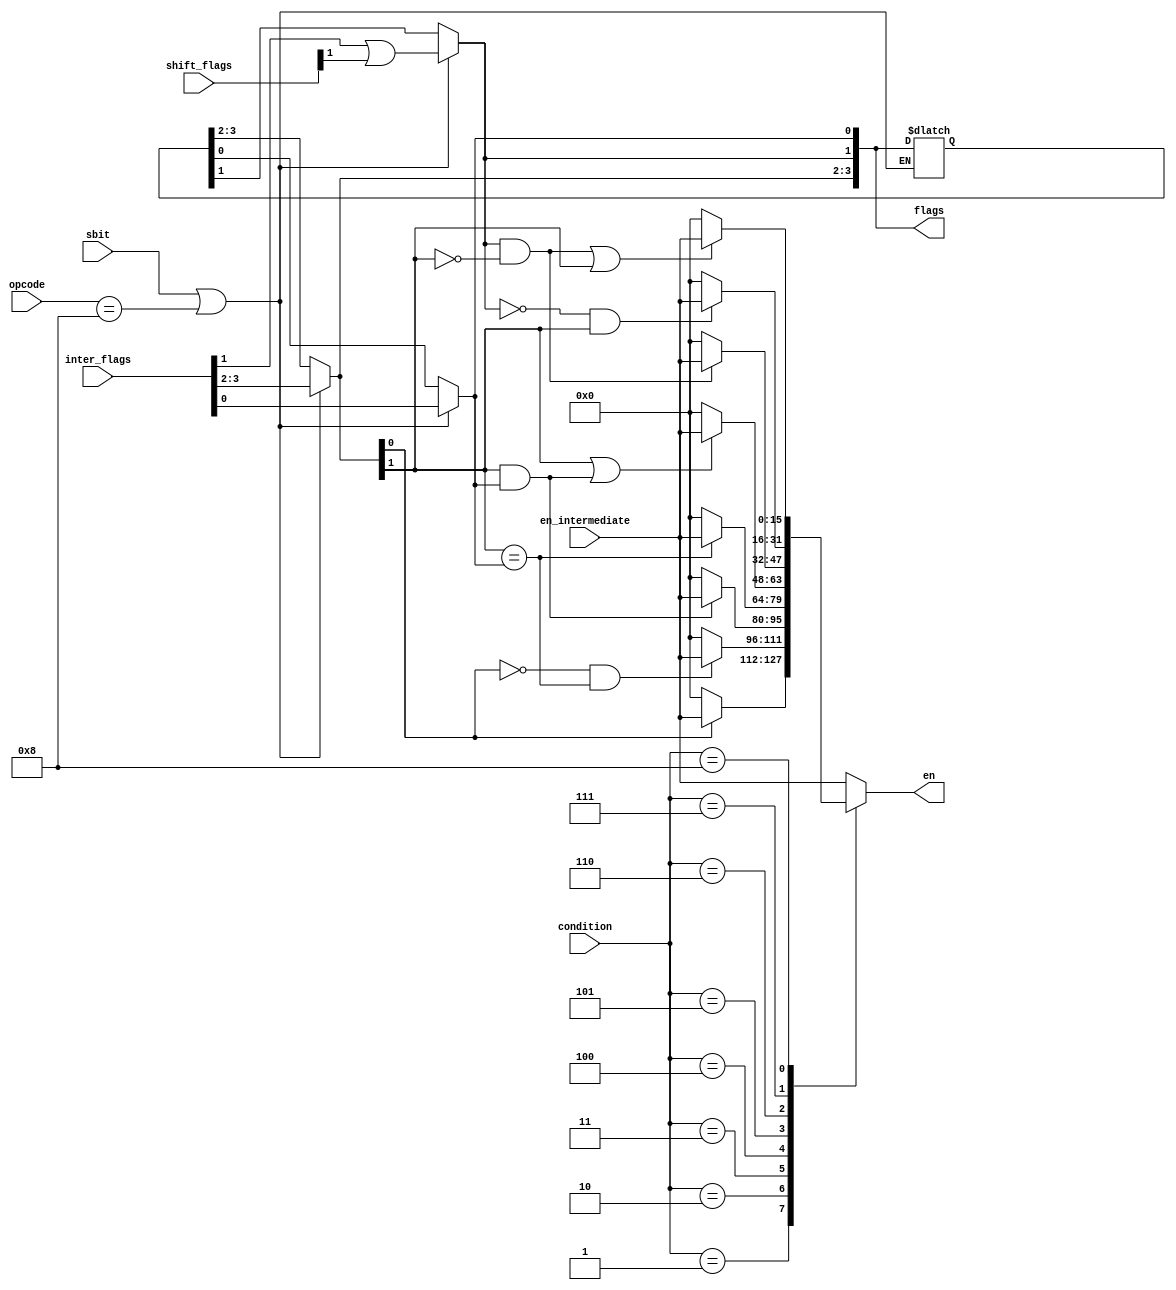
module setFlag(sbit, opcode, inter_flags, shift_flags, flags, en_intermediate, en, condition);
input sbit;
input [3:0] opcode;
input [3:0] inter_flags, shift_flags, condition;
input [15:0] en_intermediate;
output reg [3:0] flags;
output reg [15:0] en;

reg [3:0] temp_flags;

initial
begin
    temp_flags <= 4'b0;
end

always @*
begin
if (sbit || (opcode == 4'b1000))
    begin
        temp_flags[0] = inter_flags[0];
        temp_flags[1] = (inter_flags[1] || shift_flags[1]);
        temp_flags[3:2] = inter_flags[3:2];
    end

case(condition)
	4'b0001: if(  temp_flags[2] == 1'b1) en=en_intermediate; else en=16'b0;
	4'b0010: if( (temp_flags[2] == 1'b0) && (temp_flags[3] == temp_flags[0])) en=en_intermediate; else en=16'b0;
	4'b0011: if( (temp_flags[3] == 1'b1) && (temp_flags[0] == 1'b1)) en=en_intermediate; else en=16'b0;
	4'b0100: if( temp_flags[3] == temp_flags[0] ) en=en_intermediate; else en=16'b0;
	4'b0101: if( (temp_flags[3] == 1'b1) || ((temp_flags[3] == 1'b1) && (temp_flags[0] == 1'b1))) en=en_intermediate; else en=16'b0;
	4'b0110: if( (temp_flags[1] == 1'b1) && (temp_flags[3] == 1'b0)) en=en_intermediate; else en=16'b0;
	4'b0111: if( (temp_flags[1] == 1'b0) && (temp_flags[3] == 1'b1) ) en=en_intermediate; else en=16'b0;
	4'b1000: if( ((temp_flags[1] == 1'b1) && (temp_flags[3] == 1'b0)) || (temp_flags[3] == 1'b1)) en=en_intermediate; else en=16'b0;
	default: en=en_intermediate;
endcase

flags = temp_flags;
end

endmodule